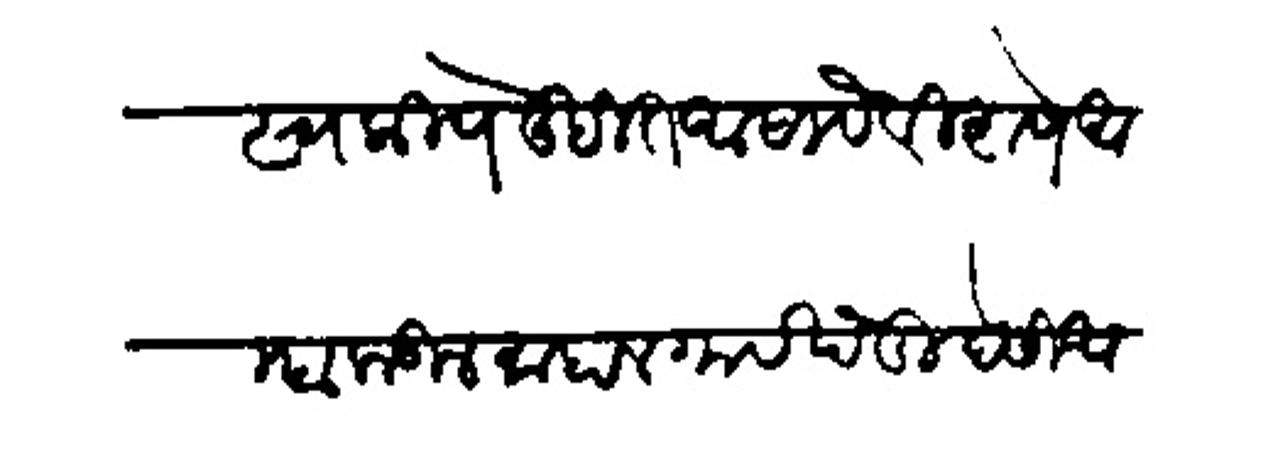
Transliteration (Devanagari): स्वकीये लिहित आसावे विशेष आम्हाकडील माहाल गाव खेडी देसी आहेत